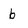
Character: b